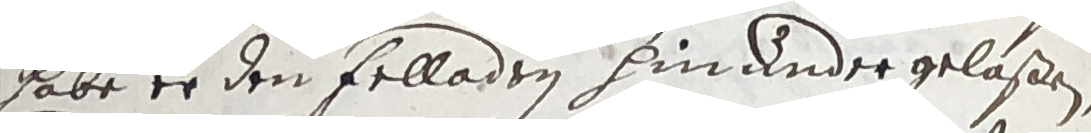
habe er den felladen hinander gelaßen.